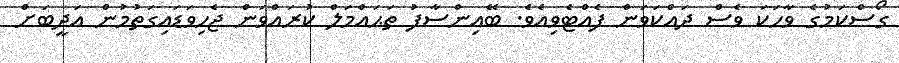
ގޯސްކަމުގެ ވާހަކަ ވެސް ދައްކަވަން ފެއްޓެވިއެވެ. ބޭއިންސާފު ތަޙައްމަލް ކުރައްވަން ޖެހިވަޑައިގަތުމުން އަދީބަށް